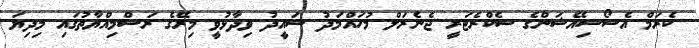
ކެރަމް އެސޯސިއޭޝަންގެ ސެކްރެޓަރީ ޖެނެރަލް މުހައްމަދު ސައީދު ވިދާޅުވީ މިރޭގެ ރަސްމިއްޔާތުގައި މިދިޔަ